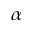
\alpha